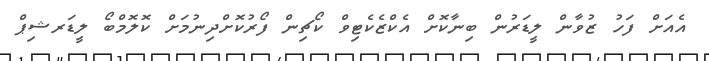
އެއަށް ފަހު ޒުވާން ލީޑަރުން ބިނާކޮށް އެކްޒެކެޓިވް ކޯޗިން ފޯރުކޮށްދިނުމަށް ކޮލޮމްބޯ ލީޑަރޝިޕް